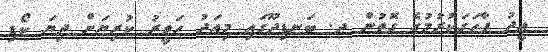
ޢީދު ފާހަގަކުރުމުގެ ގޮތުން ދ. ބަނޑިދޫގައި މިއަދު ހަވީރު ކުރިޔަށް ދިޔަ ކޯޑި